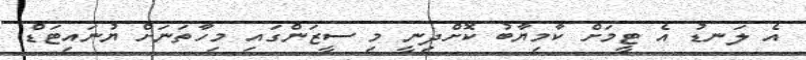
އެ ލަނޑު އެ ޓީމަށް ކާމިޔާބު ކޮށްދިނީ މި ސީޒަންގައި މިހާތަނަށް ޔުނައިޓަޑް